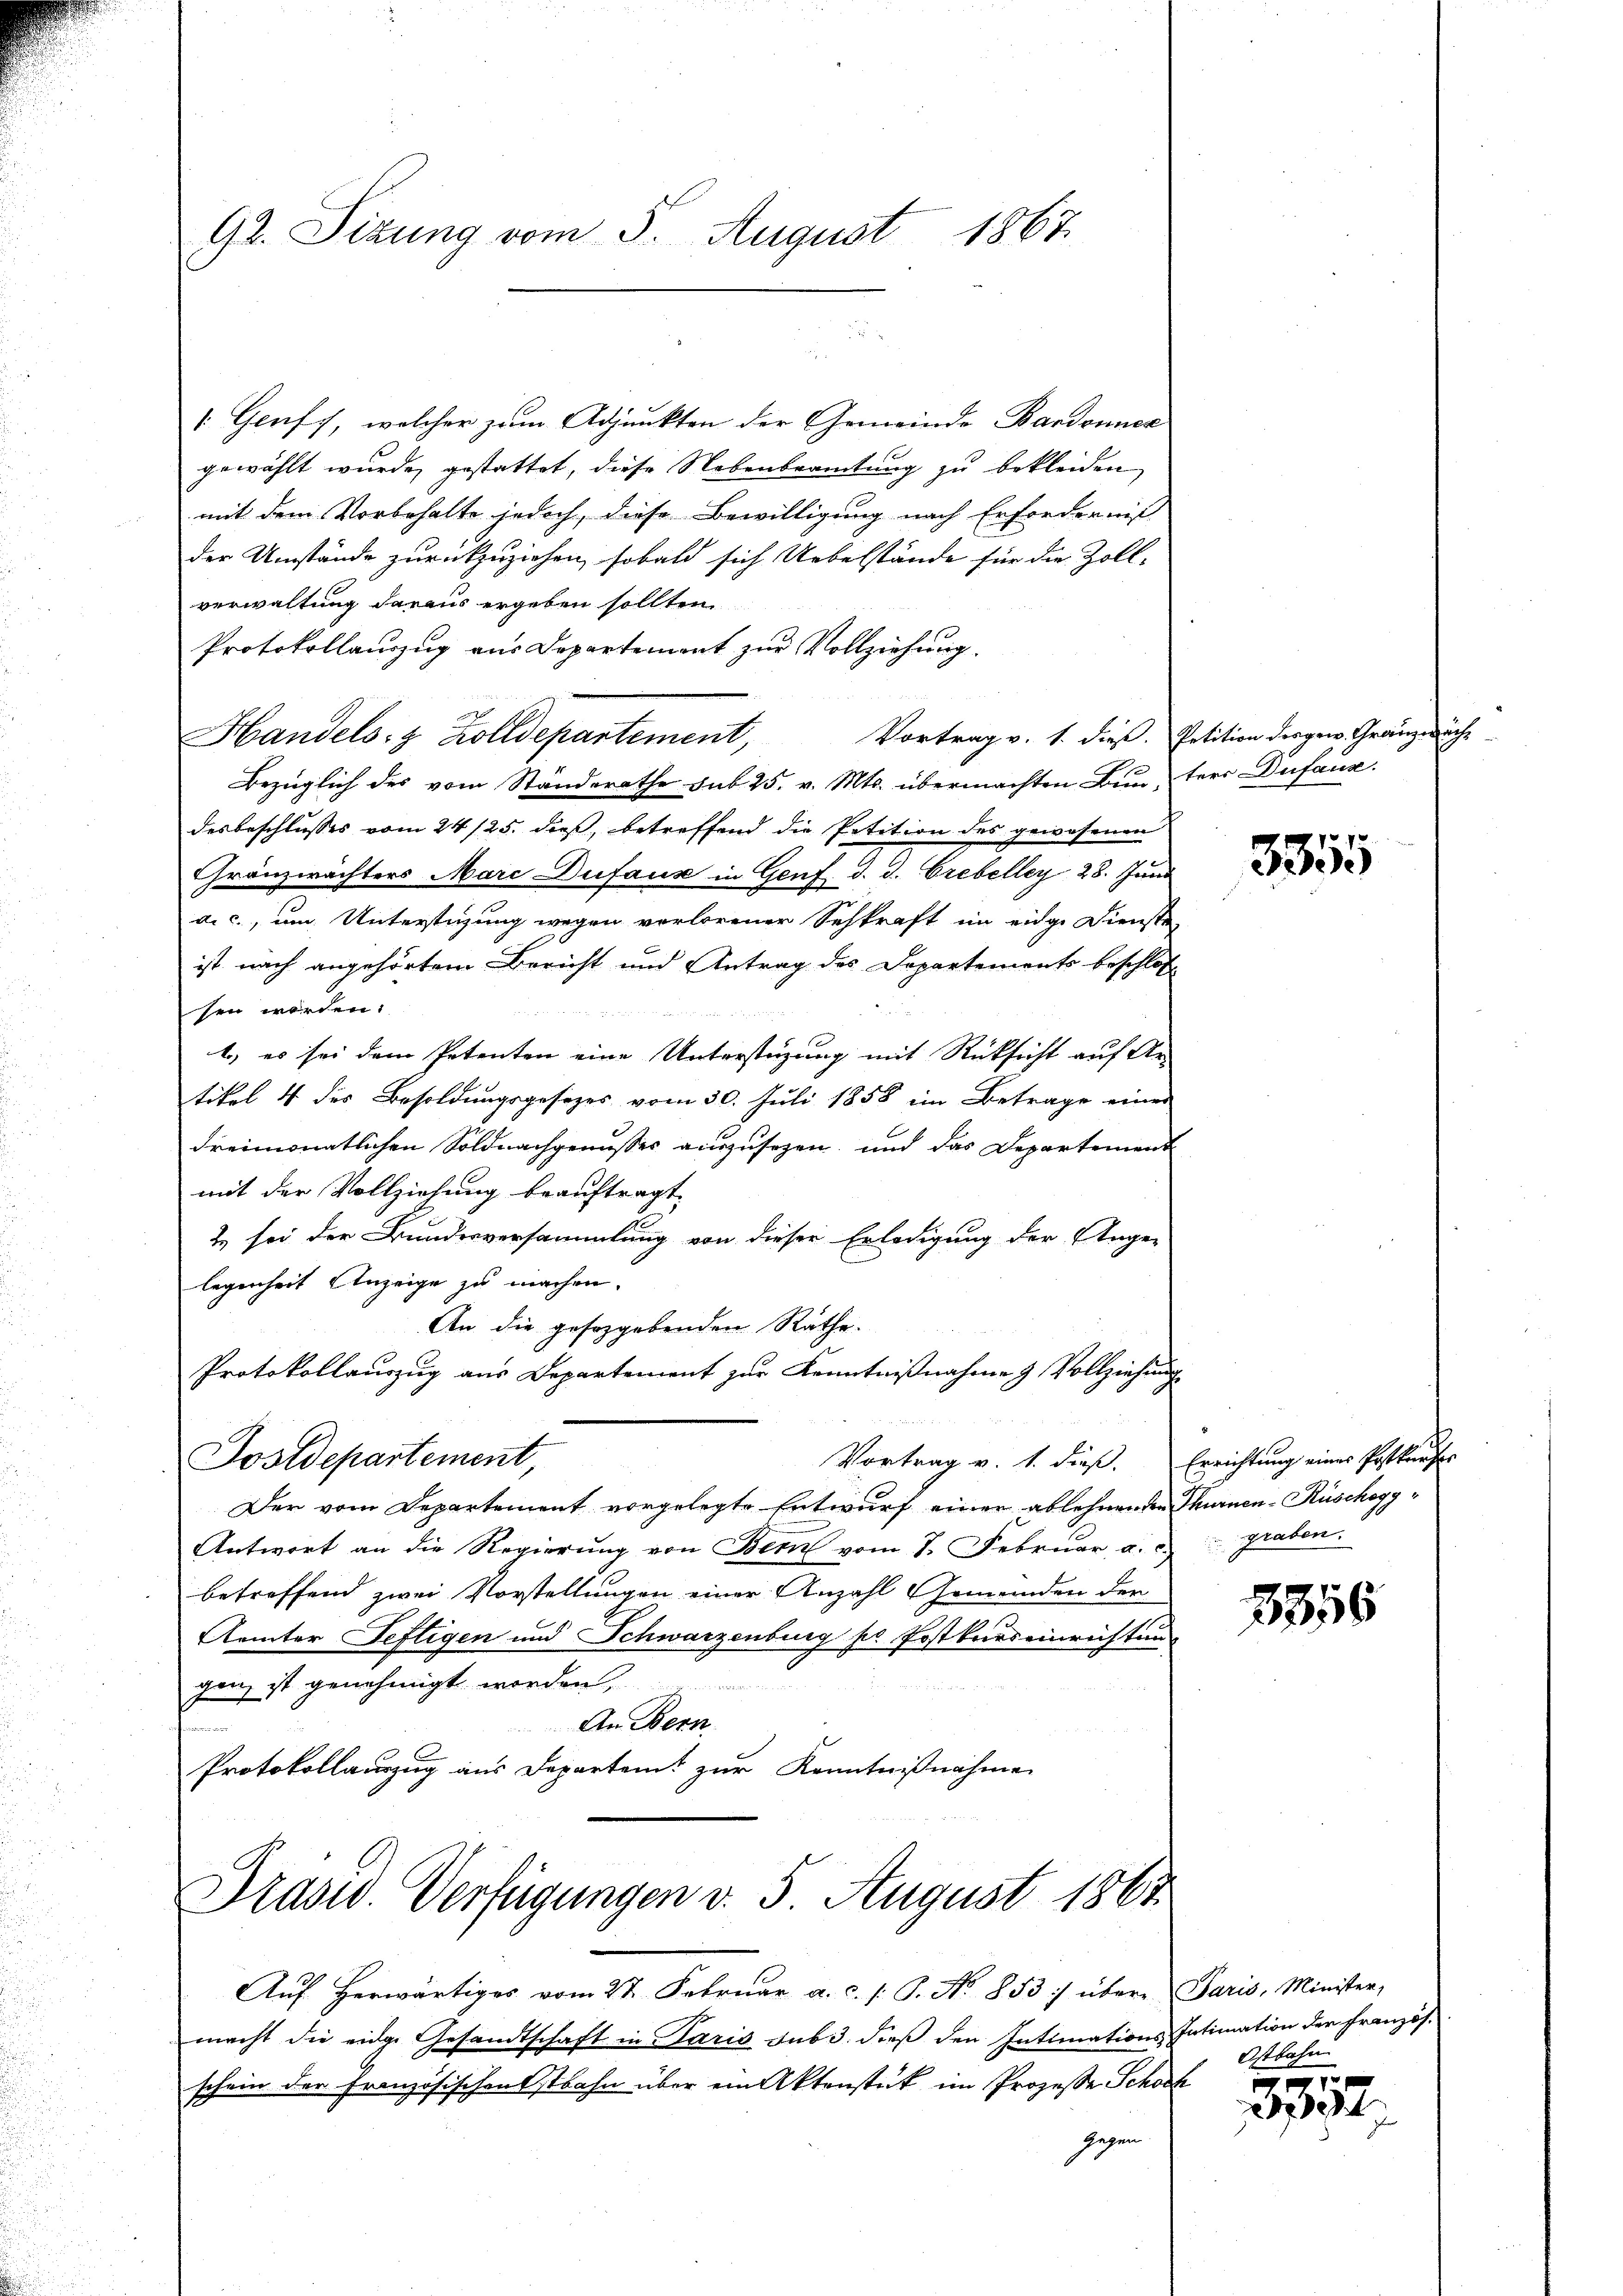
92. Sizung vom 5. August 1867

1. Genf, welcher zum Adjunkten der Gemeinde Bardonner
gewählt wurde, gestattet, diese Nebenbeamtung zu bekleiden,
mit dem Vorbehalte jedoch, diese Bewilligung nach Erforderniß
der Umstände zurückzuziehen, sobald sich Uebelstände für die Zoll-
verwaltung daraus ergeben sollten.
Protokollauszug aus Departemont zur Vollziehung.
Vortrag v. 1. dieß. Petition des gew. Gränze
Handels- & Zolldepartement,
.
Bezüglich des vom Standerathe sub 25. v. Mts. übermachten Bun, terr Dufaus.
desbeschlusses vom 24/25. dieß, betreffend die Petition des gewesenen
Gränzwächters Marc Dufaux in Genf d. d. Grebeller 28. Juni
a. c., um Unterstigung wegen verlorener Sehkraft im eidge Dienste
ist nach angehörtem Bericht und Antrag des Departements beschlos
sen worden.
1) es sei dem Petenten eine Unterstüzung mit Rücksicht auf Artikel 4 des Besoldungsgesezes vom 30. Juli 1858 im Betrage eines
dreimonatlichen Soldnachgenusses auszusehen, und das Departement
mit der Vollziehung beauftragt.
2 sei der Bundesversammlung von dieser Erledigung der Ange-
legenheit Anzeige zu machen.
An die gesorgebenden Räthe.
Protokollauszug aus Departement zur Kenntnißnahme & Vollziehung
Postdepartement,
Vortrag v. 1. dieß. Errichtung einer Postkurses
Der vom Departement vorgelegte Entwurf einer ablehnenden Thurnen-Rüschagg¬
Antwort an die Regierŭng von Bern vom 7. Februar a. c. Graben.
betreffend zwei Vorstellungen einer Anzahl Gemeinden der
Aemter Seftigen und Schwarzenburg pr. Postkurs einrichtun
gen ist genehmigt worden,
An Bern
Protokollauszug aus Departent zur Kenntnißnahme

Drasid. Verfügungen d. 5 August 1861

Auf herwärtiges vom 27. Februar a. c. s. S. No 853 :/ übere Paris, Minister,
macht die eidge Gesandtschaft in Paris sub 3. dieß den Intimations Intimation der Französ.
schein der Französischenstbahn über ein Aktenstück im Prozesse Schock
gegen

3355

3356

Ostbahn

de

äch